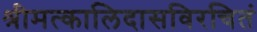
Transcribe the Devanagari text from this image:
श्रीमत्कालिदासविरचितं